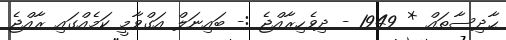
ޙާދިސާތައް * 1949 - ދިވެހިރާއްޖެ :- ބައިނަލް އަގްވާމީ ކަމެއްގައި ރާއްޖެ